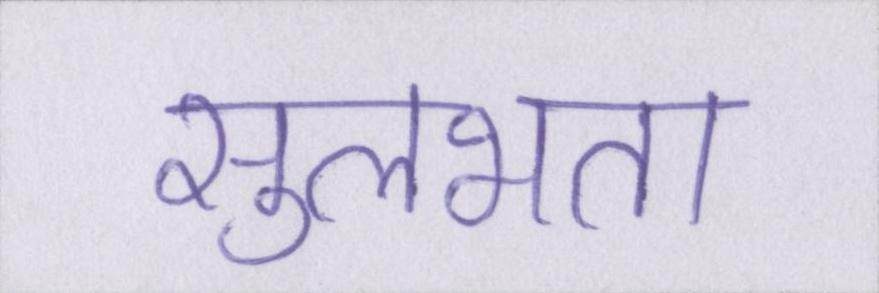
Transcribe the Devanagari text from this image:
सुलभता